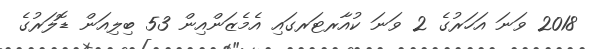
2018 ވަނަ އަހަރުގެ 2 ވަނަ ކުއާރޓަރގައި އެމެޒަންއިން 53 ބިލިއަން ޑޮލަރުގެ